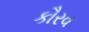
કૌરવ